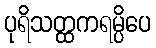
ပုရိသတ္ထကရမ္ပိပေ